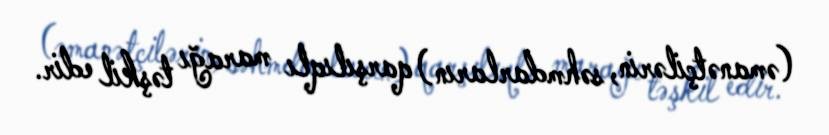
(əmanətçilərin, səhmdarların) qarşılıqlı marağı təşkil edir.